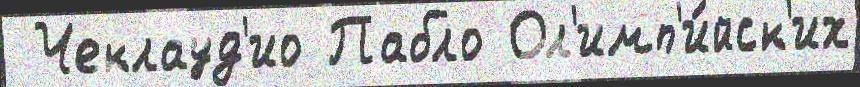
 Чеклауд'ио Пабло Ол'имп'и́йск'их